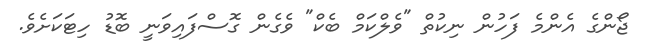
ޖޯންގެ އެންމެ ފަހުން ނިކުތް "ވެލްކަމް ބެކް" ވެގެން ގޮސްފައިވަނީ ބޮޑު ހިޓަކަށެވެ.